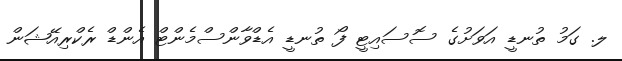
ލ. ގަމު ތުނޑީ އަވަށުގެ ސޮސައިޓީ ފޯ ތުނޑީ އެޑްވާންސްމެންޓް އެންޑް ރެކްރިއޭޝަން